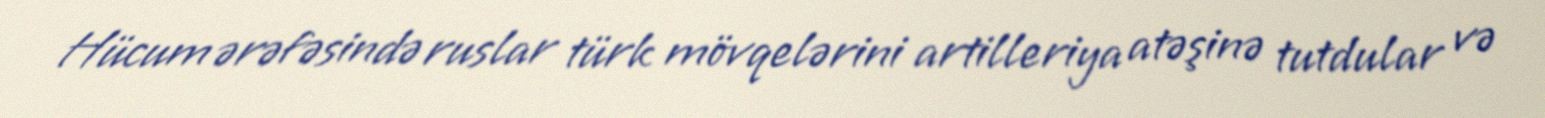
Hücum ərəfəsində ruslar türk mövqelərini artilleriya atəşinə tutdular və